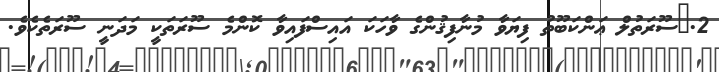
2.	ސޫރަތުލް ޢަންކަބޫތު ފިޔަވާ މުނާފިޤުންގެ ވާހަކަ އައިސްފައިވާ ކޮންމެ ސޫރަތަކީ މަދަނީ ސޫރަތެކެވެ.